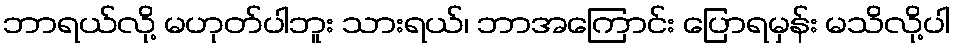
ဘာရယ်လို့ မဟုတ်ပါဘူး သားရယ်၊ ဘာအကြောင်း ပြောရမှန်း မသိလို့ပါ